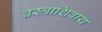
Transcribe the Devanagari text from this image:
वस्त्राशिवाय